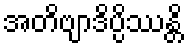
အတိဗျာဒိပ္ပိဿန္တိ